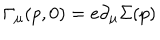
\Gamma _ { \mu } ( p , 0 ) = e \partial _ { \mu } \Sigma ( p )